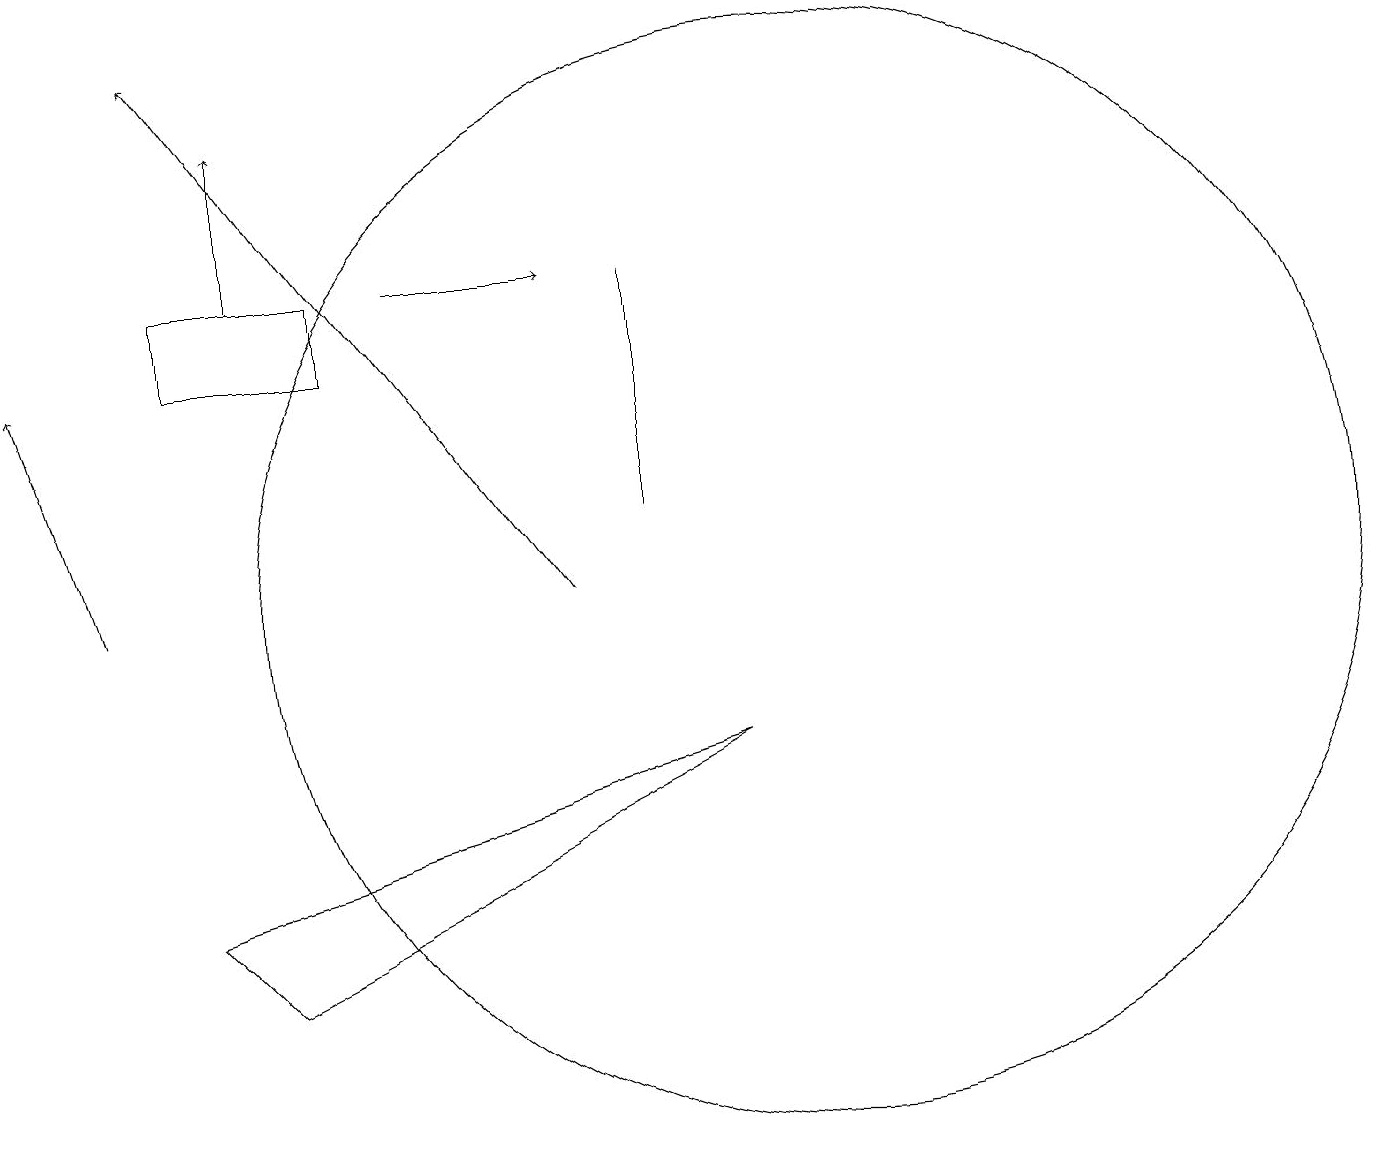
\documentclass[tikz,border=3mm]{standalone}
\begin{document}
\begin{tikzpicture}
\draw[->] (3,15) -- (3,17);
\draw[->] (1,11) -- (0,14);
\draw (10,11) circle (7);
\draw[->] (7,11) -- (2,18);
\draw (8,15) rectangle (8,12);
\draw (2,7) -- (9,9) -- (3,6) -- cycle;
\draw[->] (5,15) -- (7,15);
\draw (4,15) rectangle (2,14);
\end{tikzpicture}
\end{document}